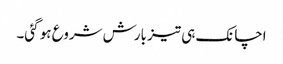
اچانک ہی تیز بارش شروع ہو گئی۔